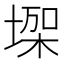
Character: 𰊏